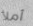
أملأ